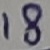
Text: 18